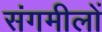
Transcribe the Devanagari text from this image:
संगमीलों